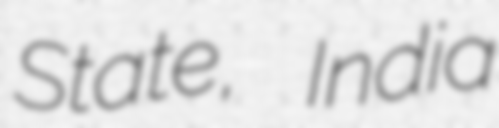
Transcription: State, India